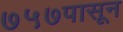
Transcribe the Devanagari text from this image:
७५७पासून